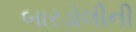
બારડોલીની